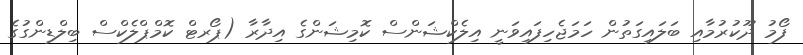
ފޯމު ދޫކުރުމާއި ބަލައިގަތުން ހަމަޖެހިފައިވަނީ އިލެކްޝަންސް ކޮމިޝަންގެ އިދާރާ (ޕޯރޓް ކޮމްޕްލެކްސް ބިލްޑިންގުގެ